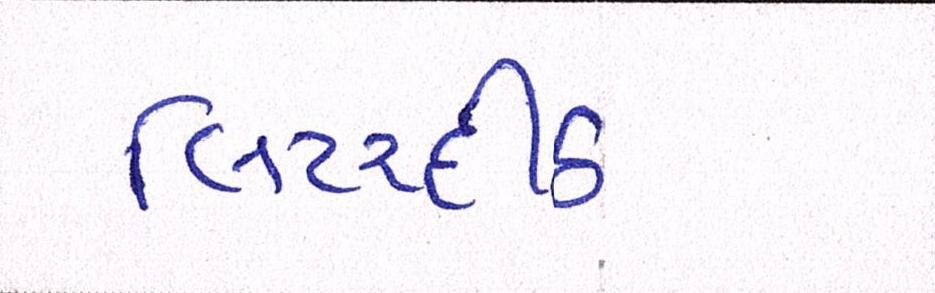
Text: લિટરદીઠ